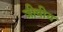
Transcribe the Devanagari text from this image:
जीवीय